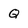
Character: Q